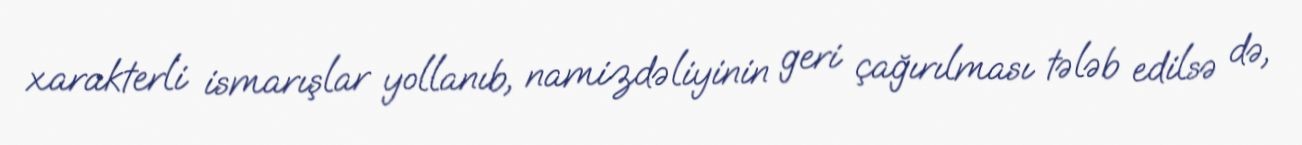
xarakterli ismarışlar yollanıb, namizdəliyinin geri çağırılması tələb edilsə də,